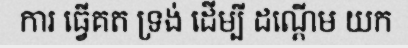
ការ ធ្វើគត ទ្រង់ ដើម្បី ដណ្តើម យក